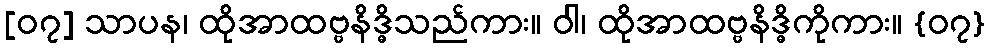
[၀၇] သာပန၊ ထိုအာထဗ္ဗနိဒ္ဓိသည်ကား။ ဝါ၊ ထိုအာထဗ္ဗနိဒ္ဓိကိုကား။ {၀၇}